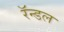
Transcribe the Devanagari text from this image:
रॅन्डल